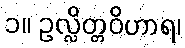
၁။ ဥလ္လိတ္တဝိဟာရ၊